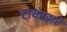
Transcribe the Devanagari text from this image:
टायरद्वारे